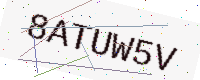
Text: 8ATUW5V